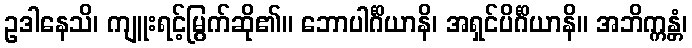
ဥဒါနေသိ၊ ကျူးရင့်မြွက်ဆို၏။ ဘောပါင်္ဂိယာနိ၊ အရှင်ပိင်္ဂိယာနိ။ အဘိက္ကန္တံ၊